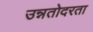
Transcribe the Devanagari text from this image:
उन्नतोदरता